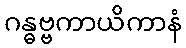
ဂန္ဓဗ္ဗကာယိကာနံ